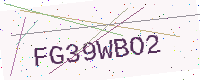
Text: FG39WBO2